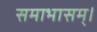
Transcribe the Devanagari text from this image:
समाभासम्।